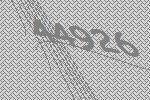
44926